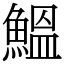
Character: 鰮